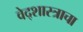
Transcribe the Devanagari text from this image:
वेद्शास्त्राचा